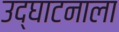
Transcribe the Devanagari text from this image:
उद्घाटनाला